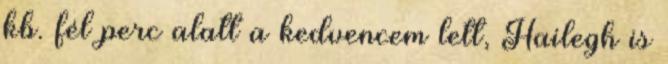
kb. fél perc alatt a kedvencem lett, Hailegh is